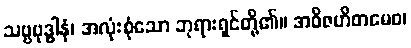
သဗ္ဗဗုဒ္ဓါနံ၊ အလုံးစုံသော ဘုရားရှင်တို့၏။ အဝိဇဟိတမေဝ၊